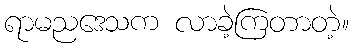
ရာမညဒေသက လာခဲ့ကြတာတဲ့။